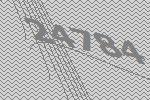
24784